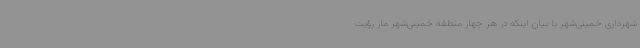
شهرداری خمینی‌شهر با بیان اینکه در هر چهار منطقه خمینی‌شهر مار رؤیت